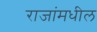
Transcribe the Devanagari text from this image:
राजांमधील